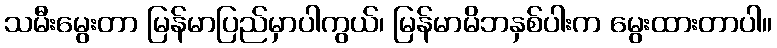
သမီးမွေးတာ မြန်မာပြည်မှာပါကွယ်၊ မြန်မာမိဘနှစ်ပါးက မွေးထားတာပါ။